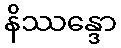
နိဿန္ဒော